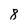
Character: 8